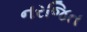
નરજિત